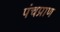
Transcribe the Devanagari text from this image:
पंचप्राण